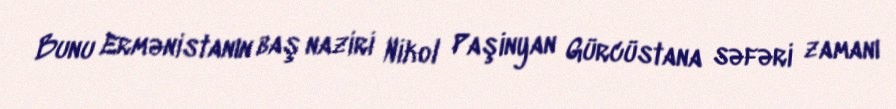
Bunu Ermənistanın baş naziri Nikol Paşinyan Gürcüstana səfəri zamanı